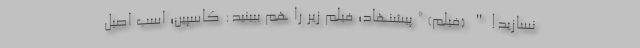
نسازید!" (فیلم) * پیشنهاد؛ فیلم‌ زیر را هم ببینید: کاسپین؛ اسب اصیل